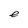
Character: e